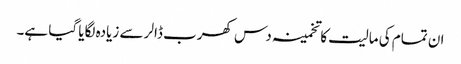
ان تمام کی مالیت کا تخمینہ دس کھرب ڈالر سے زیادہ لگایا گیا ہے۔